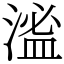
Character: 㴵